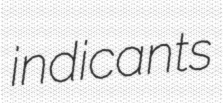
indicants